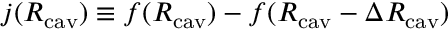
j ( R _ { \mathrm { c a v } } ) \equiv f ( R _ { \mathrm { c a v } } ) - f ( R _ { \mathrm { c a v } } - \Delta R _ { \mathrm { c a v } } )